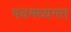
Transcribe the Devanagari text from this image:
पदमध्यगत